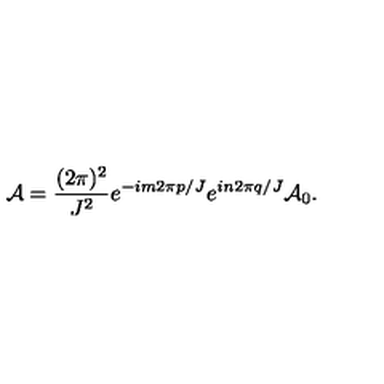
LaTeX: { \cal A } = \frac { ( 2 \pi ) ^ { 2 } } { J ^ { 2 } } e ^ { - i m 2 \pi p / J } e ^ { i n 2 \pi q / J } { \cal A } _ { 0 } .